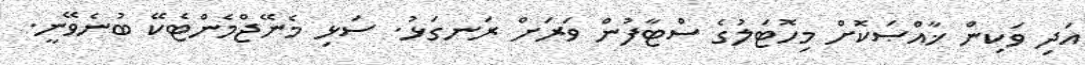
އަދި ވަކިން ޚާއްޞަކޮށް މިހޮޓަލުގެ ސްޓާފުން ވަރަށް ރަނގަޅު. ސަޅި މެނޭޖްމެންޓެކޭ ބުނެވޭނީ.